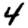
Digit: 4